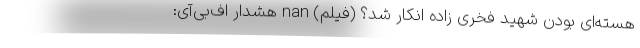
هسته‌ای بودن شهید فخری زاده انکار شد؟ (فیلم) nan هشدار اف‌بی‌آی: